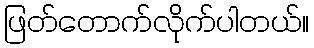
ဖြတ်တောက်လိုက်ပါတယ်။